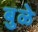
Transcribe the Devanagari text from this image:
बुळे